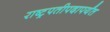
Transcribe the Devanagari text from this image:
राष्ट्रपतीपदापर्यंत